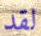
لقد